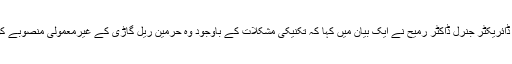
سودی عرب کے جنرل ٹرانسپورٹ اتھارٹی کے ڈائریکٹر جنرل ڈاکٹر رمیح نے ایک بیان میں کہا کہ تکنیکی مشکلات کے باوجود وہ حرمین ریل گاڑی کے غیرمعمولی منصوبے کو پایہ تکمیل تک پہنچانے میں کامیاب رہے ہیں۔